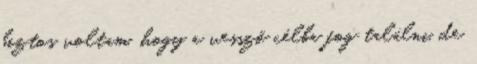
biztos voltam, hogy a vessző célba fog találni, de